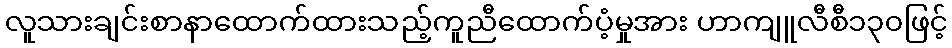
လူသားချင်းစာနာထောက်ထားသည့်ကူညီထောက်ပံ့မှုအား ဟာကျူလီစီ၁၃၀ဖြင့်